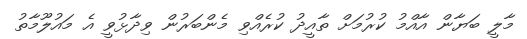
މާލީ ބަޔާން އާއްމު ކުރުމަށް ތާއީދު ކުރެއްވި މެންބަރުން ވިދާޅުވީ އެ މައުލޫމާތު